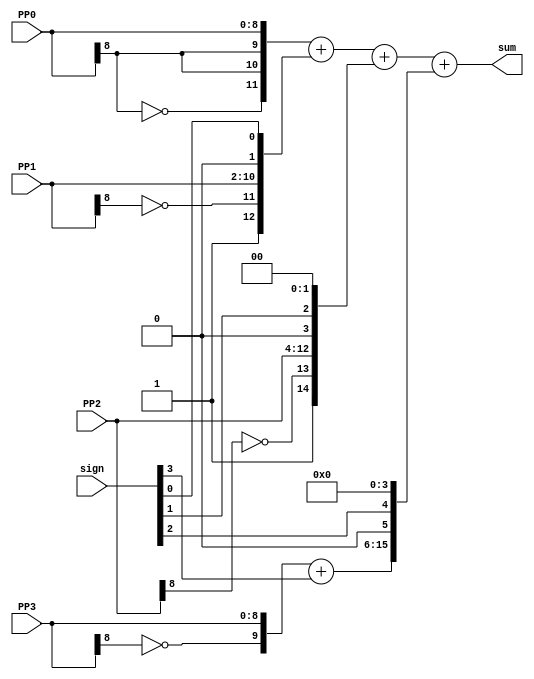
// addition of PPs

module PP_Addition(
    input wire [8:0]PP0,    
    input wire [8:0]PP1,
    input wire [8:0]PP2,
    input wire [8:0]PP3,
    input wire [3:0] sign,
    output wire [15:0] sum
);

    wire[11:0] row0;
    wire[12:0] row1;
    wire[14:0] row2;
    wire[15:0] row3;

    assign row0 = {~PP0[8] ,PP0[8], PP0[8] , PP0};
    assign row1 = {1'b1, ~PP1[8] ,PP1, 1'b0, sign[0]};
    assign row2 = {1'b1, ~PP2[8] ,PP2, 1'b0, sign[1],2'b00};
    assign row3 = {({~PP3[8] ,PP3} + sign[3]), 1'b0, sign[2], 4'b0000};

    assign sum = row0 + row1 + row2 + row3;

endmodule